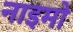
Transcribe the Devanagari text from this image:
नाइमो